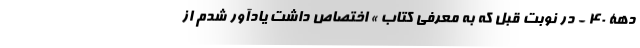
دهۀ 40 - در نوبت قبل که به معرفی کتاب » اختصاص داشت یادآور شدم از